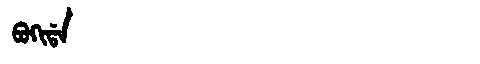
Manchu: ᠪᠣᡴᡳᡩᠠ
Romanization: BOKIDA